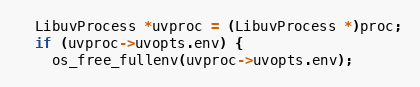
Language: C
  LibuvProcess *uvproc = (LibuvProcess *)proc;
  if (uvproc->uvopts.env) {
    os_free_fullenv(uvproc->uvopts.env);